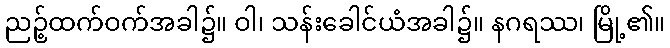
ညဉ့်ထက်ဝက်အခါ၌။ ဝါ၊ သန်းခေါင်ယံအခါ၌။ နဂရဿ၊ မြို့၏။